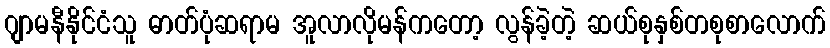
ဂျာမနီနိုင်ငံသူ ဓာတ်ပုံဆရာမ အူလာလိုမန်ကတော့ လွန်ခဲ့တဲ့ ဆယ်စုနှစ်တစုစာလောက်